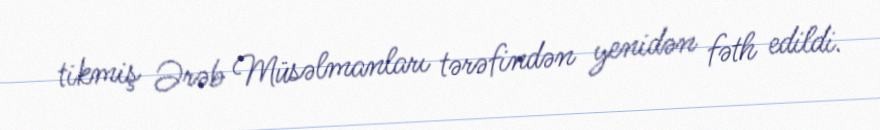
tikmiş Ərəb Müsəlmanları tərəfindən yenidən fəth edildi.